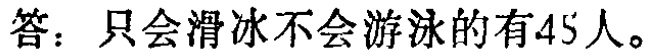
答：只会滑冰不会游泳的有45人。